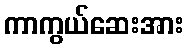
ကာကွယ်ဆေးအား